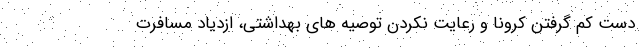
دست کم گرفتن کرونا و رعایت نکردن توصیه های بهداشتی، ازدیاد مسافرت